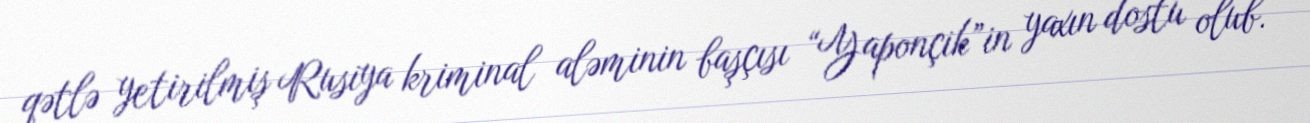
qətlə yetirilmiş Rusiya kriminal aləminin başçısı “Yaponçik”in yaxın dostu olub.